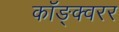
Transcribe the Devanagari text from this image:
कॉङ्क्वरर